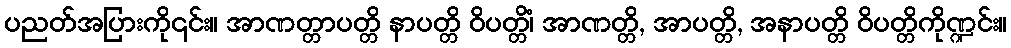
ပညတ်အပြားကို၎င်း။ အာဏတ္တာပတ္တိ နာပတ္တိ ဝိပတ္တိံ၊ အာဏတ္တိ, အာပတ္တိ, အနာပတ္တိ ဝိပတ္တိကိုဏ္ဍင်း။